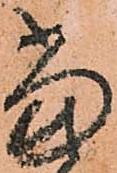
當